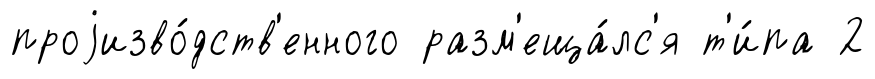
проjизво́дств'енного разм'еща́лс'я т'и́па 2